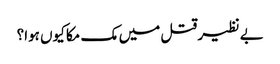
بے نظیر قتل میں مک مکا کیوں ہوا؟